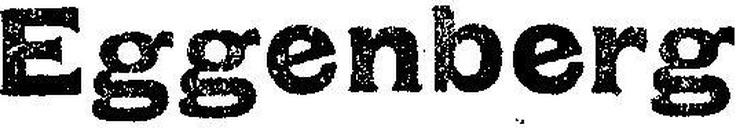
Eggenberg